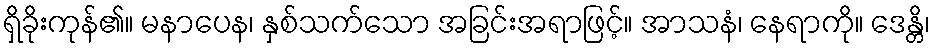
ရှိခိုးကုန်၏။ မနာပေန၊ နှစ်သက်သော အခြင်းအရာဖြင့်။ အာသနံ၊ နေရာကို။ ဒေန္တိ၊